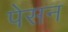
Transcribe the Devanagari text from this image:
पेसन